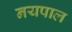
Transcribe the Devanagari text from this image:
नयपाल